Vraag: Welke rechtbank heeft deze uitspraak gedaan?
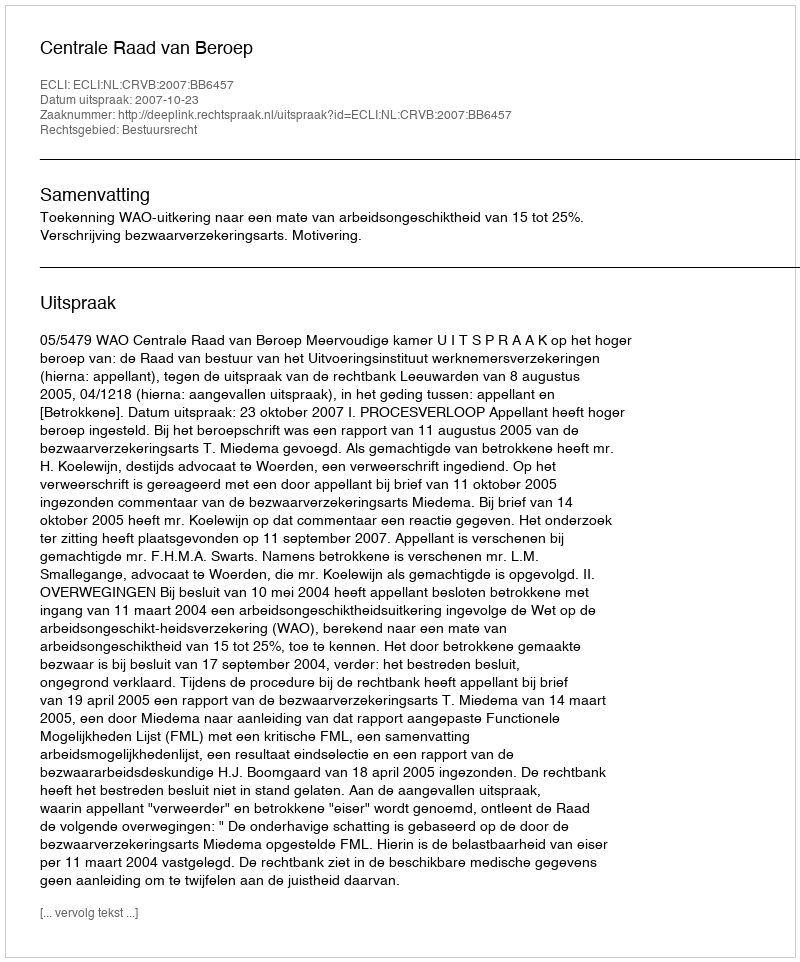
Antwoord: Centrale Raad van Beroep